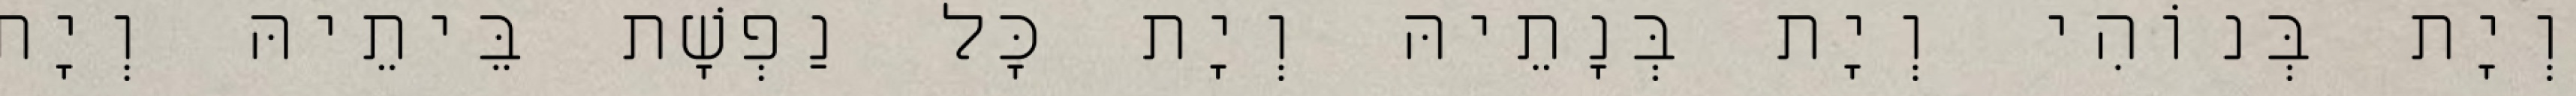
וְיָת בְּנוֹהִי וְיָת בְּנָתֵיהּ וְיָת כָּל נַפְשָׁת בֵּיתֵיהּ וְיָת